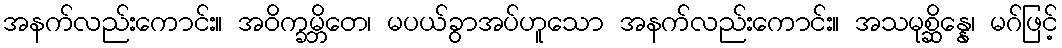
အနက်လည်းကောင်း။ အဝိက္ခမ္ဘိတေ၊ မပယ်ခွာအပ်ဟူသော အနက်လည်းကောင်း။ အသမုစ္ဆိန္နေ၊ မဂ်ဖြင့်